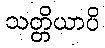
သတ္တိယာပိ